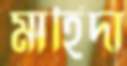
মাহিদা